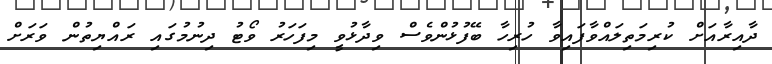
ދާއިރާއަށް ކުރިމަތިލައްވާފައިވާ ހުރިހާ ބޭފުޅުންވެސް ވިދާޅުވީ މިފަހަރު ވޯޓު ދިނުމުގައި ރައްޔިތުން ވަރަށް